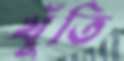
খুঁতি